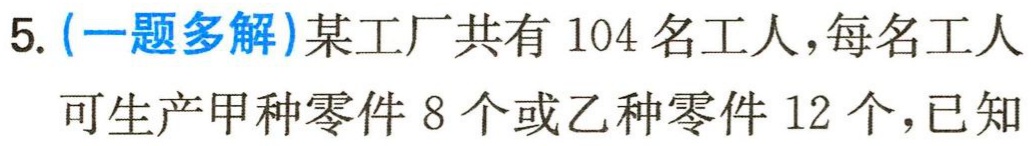
5. (一题多解)某工厂共有 104 名工人，每名工人可生产甲种零件 8 个或乙种零件 12 个，已知